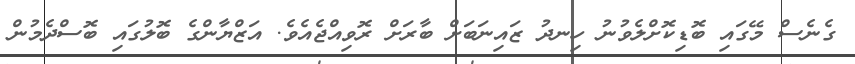
ގެނެސް މޭގައި ބޮޑިކޮށްލެވުނު ހިނދު ޒައިނަބަށް ބާރަށް ރޮވިއްޖެއެވެ. އަޒްޔާންގެ ބޮލުގައި ބޮސްދެމުން